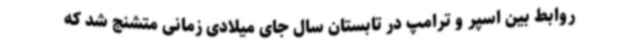
روابط بین اسپر و ترامپ در تابستان سال جای میلادی زمانی متشنج شد که